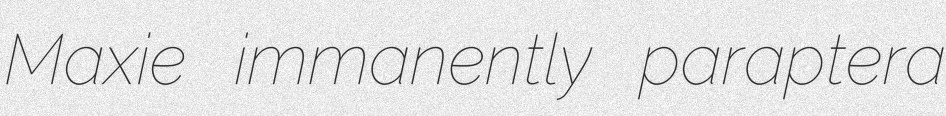
Maxie immanently paraptera